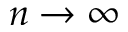
n \to \infty